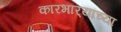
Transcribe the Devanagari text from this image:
कारभार्‍यांच्या